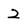
Character: 2